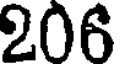
206